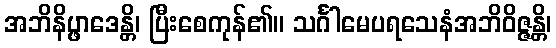
အဘိနိပ္ဖာဒေန္တိ၊ ပြီးစေကုန်၏။ သင်္ဂါမေပရသေနံအဘိဝိဇ္ဇန္တိ၊